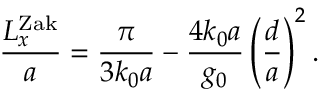
\frac { L _ { x } ^ { \mathrm { Z a k } } } { a } = \frac { \pi } { 3 k _ { 0 } a } - \frac { 4 k _ { 0 } a } { g _ { 0 } } \left( \frac { d } { a } \right) ^ { 2 } .